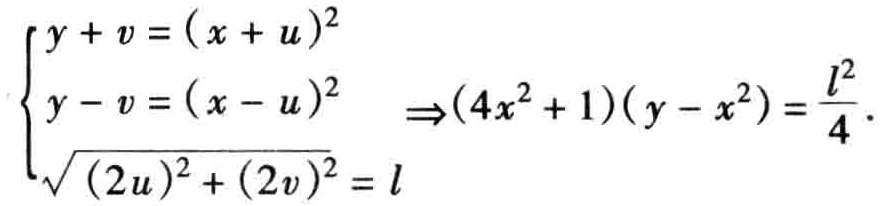
\(\begin{cases}y + v = (x + u)^2\\y - v = (x - u)^2\\\sqrt{(2u)^2 + (2v)^2} = l\end{cases}\Rightarrow(4x^2 + 1)(y - x^2)=\frac{l^2}{4}.\)